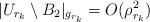
LaTeX: \begin{align*} |U_{r_k} \setminus B_2|_{g_{r_k}} =O(\rho_{r_k}^2) \end{align*}